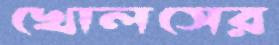
খোলসের